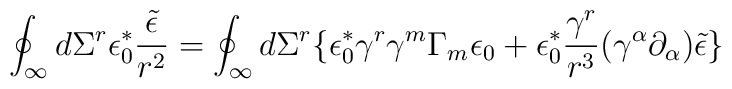
\oint_{\infty} d\Sigma^{r} \epsilon_{0}^{\ast} \frac{\tilde{\epsilon}}{r^2} =  \oint_{\infty} d\Sigma^{r} \lbrace \epsilon_{0}^{\ast} \gamma^{r} \gamma^{m} \Gamma_{m} \epsilon_{0} + \epsilon_{0}^{\ast} \frac{\gamma^{r}}{r^3} (\gamma^{\alpha} \partial_{\alpha})\tilde{\epsilon} \rbrace